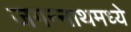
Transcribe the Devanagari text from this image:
जगन्‍नाथमध्ये